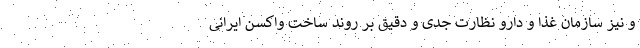
و نیز سازمان غذا و دارو نظارت جدی و دقیق بر روند ساخت واکسن ایرانی